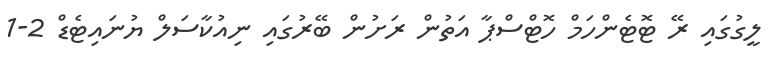
ލީގުގައި ރޭ ޓޮޓެންހަމް ހޮޓްސްޕާ އަތުން ރަށުން ބޭރުގައި ނިއުކާސަލް ޔުނައިޓެޑް 2-1